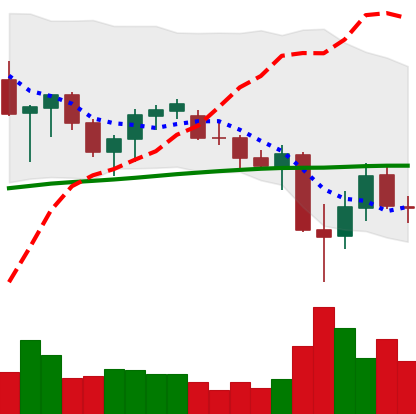
Ticker: ADA-USD
Chart end date: 2021-06-26
Forward return: 6.811%
Label: up_5_7